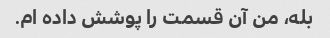
بله، من آن قسمت را پوشش داده ام.